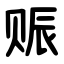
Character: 赈